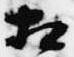
相